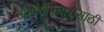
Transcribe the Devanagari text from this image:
औषधोपचारासाठी